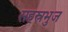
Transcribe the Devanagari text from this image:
सहस्रभुज